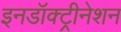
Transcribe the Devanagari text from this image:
इनडॉक्ट्रीनेशन